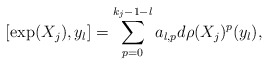
\begin{align*} [\exp(X_j),y_l]=\sum_{p=0}^{k_j-1-l}a_{l,p}d\rho(X_j)^{p}(y_l),\end{align*}